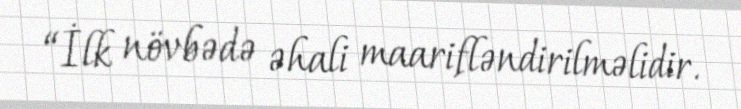
“İlk növbədə əhali maarifləndirilməlidir.